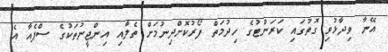
އޭނާ ވިދާޅުވި ގޮތުގައި ކަރަންޓުގެ ހިދުމަތް ފޯރުކޮށްދިނުމަށް ތެލާއި އިންޖީނުތަކުގެ ސްޕެއާ އެ